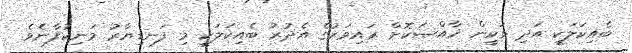
ބެއިކަލަކީ އަދި ވަކީން ޚާއްޞަކޮށް ރައިވަރުގެ އެދުރު ބެއިކަލަކީ މި ފަނޑިޔާރު މަނިކުފާނެވެ.